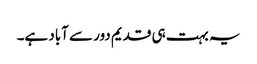
یہ بہت ہی قدیم دور سے آباد ہے۔